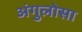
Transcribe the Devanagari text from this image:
अंगुलोसा